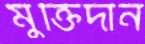
মুক্তিদান